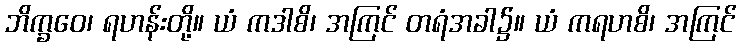
ဘိက္ခဝေ၊ ရဟန်းတို့။ ယံ ကဒါစိ၊ အကြင် တရံအခါ၌။ ယံ ကရဟစိ၊ အကြင်